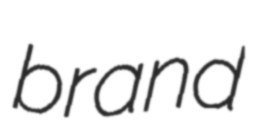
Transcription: brand